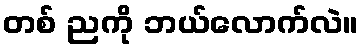
တစ် ညကို ဘယ်လောက်လဲ။